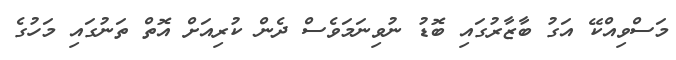
މަސްވިއްކޭ އަގު ބާޒާރުގައި ބޮޑު ނުވިނަމަވެސް ދެން ކުރިއަށް އޮތް ތަނުގައި މަހުގެ